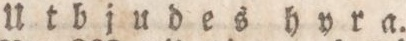
Utbjudes hyra.